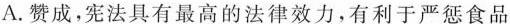
A. 赞成，宪法具有最高的法律效力，有利于严惩食品